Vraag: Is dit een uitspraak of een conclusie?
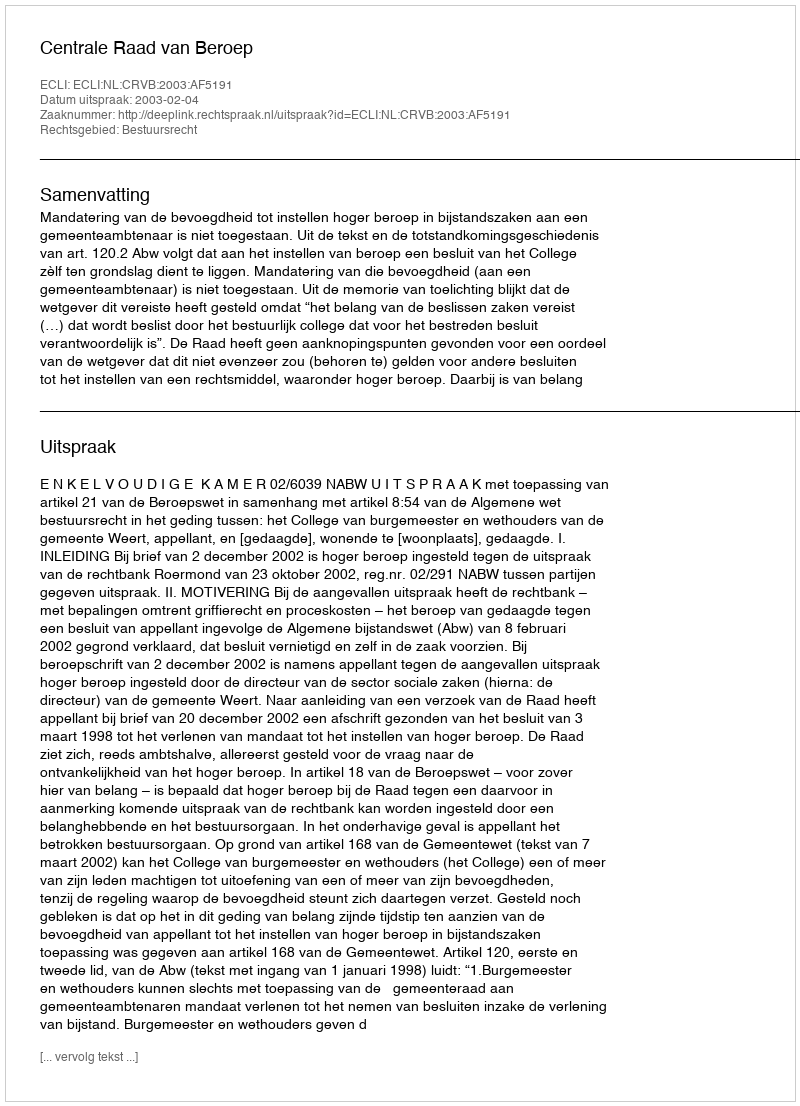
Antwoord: Uitspraak